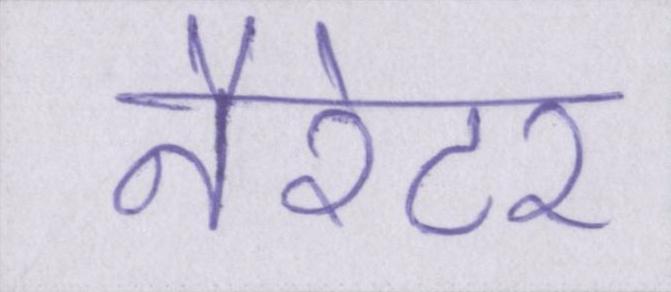
नैरेटर